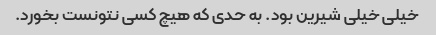
خیلی خیلی شیرین بود. به حدی که هیچ کسی نتونست بخورد.